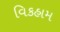
વિકહામ